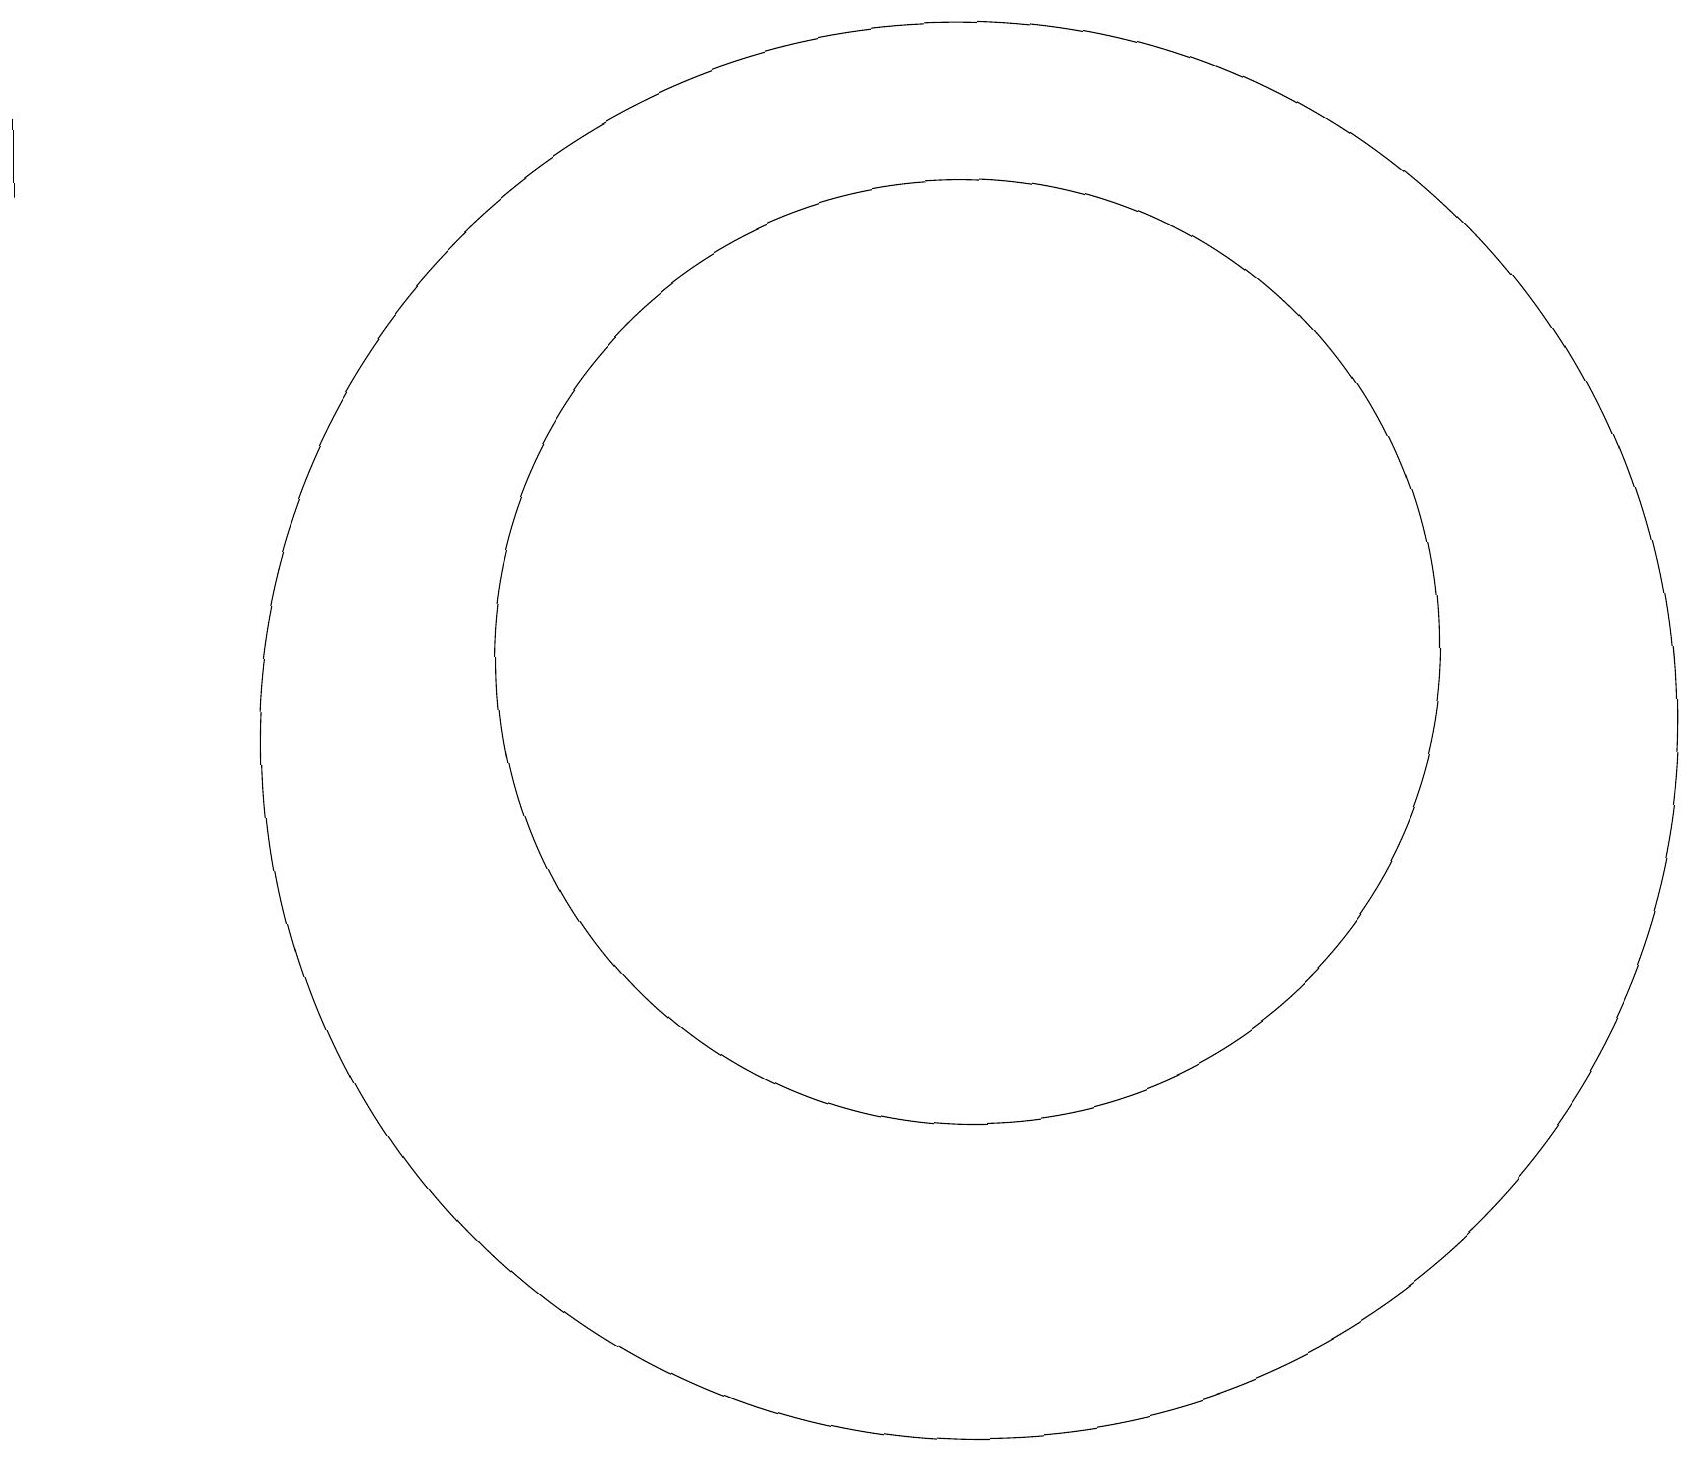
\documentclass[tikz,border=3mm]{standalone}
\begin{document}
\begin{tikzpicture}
\draw (12,11) circle (9);
\draw (12,12) circle (6);
\draw (0,18) rectangle (0,19);
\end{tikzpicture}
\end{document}